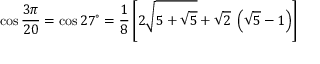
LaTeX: \cos { \frac { 3 \pi } { 2 0 } } = \cos 2 7 ^ { \circ } = { \frac { 1 } { 8 } } \left[ 2 { \sqrt { 5 + { \sqrt { 5 } } } } + { \sqrt { 2 } } \; \left( { \sqrt { 5 } } - 1 \right) \right]